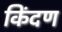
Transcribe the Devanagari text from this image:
किंदण